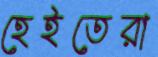
হেইতেরা